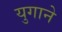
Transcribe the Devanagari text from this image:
युगाने